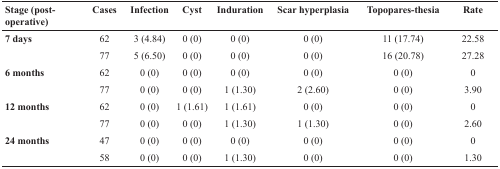
| Stage (post-operative) | Cases | Infection | Cyst | Induration | Scar hyperplasia | Topopares-thesia | Rate |
 | --- | --- | --- | --- | --- | --- | --- | --- |
 | 7 days | 62 | 3 (4.84) | 0 (0) | 0 (0) | 0 (0) | 11 (17.74) | 22.58 |
 |  | 77 | 5 (6.50) | 0 (0) | 0 (0) | 0 (0) | 16 (20.78) | 27.28 |
 | 6 months | 62 | 0 (0) | 0 (0) | 0 (0) | 0 (0) | 0 (0) | 0 |
 |  | 77 | 0 (0) | 0 (0) | 1 (1.30) | 2 (2.60) | 0 (0) | 3.90 |
 | 12 months | 62 | 0 (0) | 1 (1.61) | 1 (1.61) | 0 (0) | 0 (0) | 0 |
 |  | 77 | 0 (0) | 0 (0) | 1 (1.30) | 1 (1.30) | 0 (0) | 2.60 |
 | 24 months | 47 | 0 (0) | 0 (0) | 0 (0) | 0 (0) | 0 (0) | 0 |
 |  | 58 | 0 (0) | 0 (0) | 1 (1.30) | 0 (0) | 0 (0) | 1.30 |